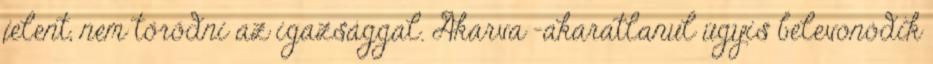
jelent, nem törődni az igazsággal. Akarva -akaratlanul úgyis belevonódik